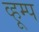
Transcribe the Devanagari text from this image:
व्हूम्प